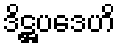
ဒိဋ္ဌပဒေဟိ